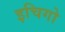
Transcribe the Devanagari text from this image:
इचिगो